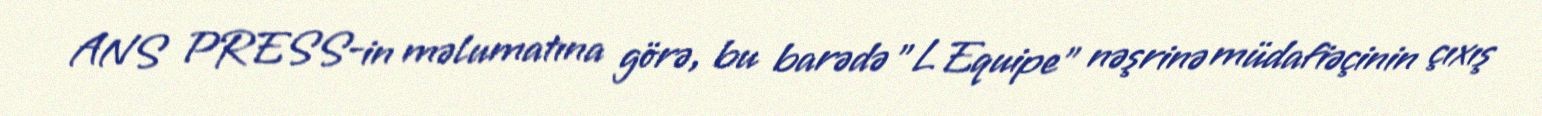
ANS PRESS-in məlumatına görə, bu barədə "L Equipe" nəşrinə müdafiəçinin çıxış